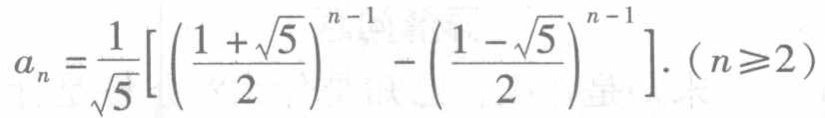
\(a_{n}=\frac{1}{\sqrt{5}}\left[\left(\frac{1 + \sqrt{5}}{2}\right)^{n - 1}-\left(\frac{1 - \sqrt{5}}{2}\right)^{n - 1}\right].\ (n\geqslant2)\)